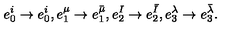
e _ { 0 } ^ { i } \to e _ { 0 } ^ { i } , e _ { 1 } ^ { \mu } \to e _ { 1 } ^ { \bar { \mu } } , e _ { 2 } ^ { I } \to e _ { 2 } ^ { \bar { I } } , e _ { 3 } ^ { \lambda } \to e _ { 3 } ^ { \bar { \lambda } } .